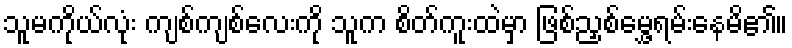
သူမကိုယ်လုံး ကျစ်ကျစ်လေးကို သူက စိတ်ကူးထဲမှာ ဖြစ်ညှစ်မွှေ့ရမ်းနေမိ၏။